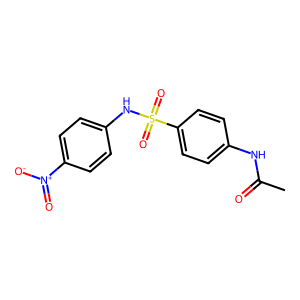
SMILES: CC(=O)Nc1ccc(S(=O)(=O)Nc2ccc([N+](=O)[O-])cc2)cc1
Inhibits HIV replication: No